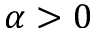
\alpha > 0